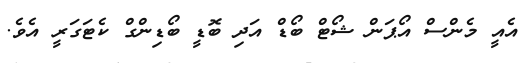
އެއީ މެންސް އޯޕަން ޝޯޓް ބޯޑް އަދި ބޮޑީ ބޯޑިންގް ކެޓަގަރީ އެވެ.